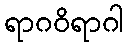
ရာဂဝိရာဂါ